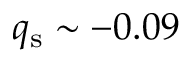
q _ { \mathrm { s } } \sim - 0 . 0 9